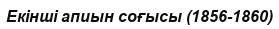
Екінші апиын соғысы (1856-1860)